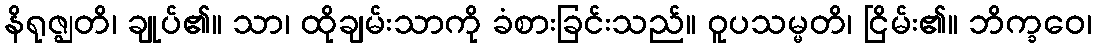
နိရုဇ္ဈတိ၊ ချုပ်၏။ သာ၊ ထိုချမ်းသာကို ခံစားခြင်းသည်။ ဝူပသမ္မတိ၊ ငြိမ်း၏။ ဘိက္ခဝေ၊